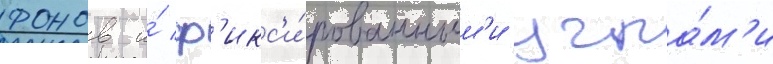
фонов и́ ф'икс'и́рованным'и угла́м'и